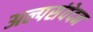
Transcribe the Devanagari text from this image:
अल्पसंवेदन